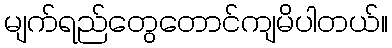
မျက်ရည်တွေတောင်ကျမိပါတယ်။